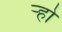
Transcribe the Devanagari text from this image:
ऱ्हो